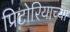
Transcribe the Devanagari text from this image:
प्रिटोरियाच्या